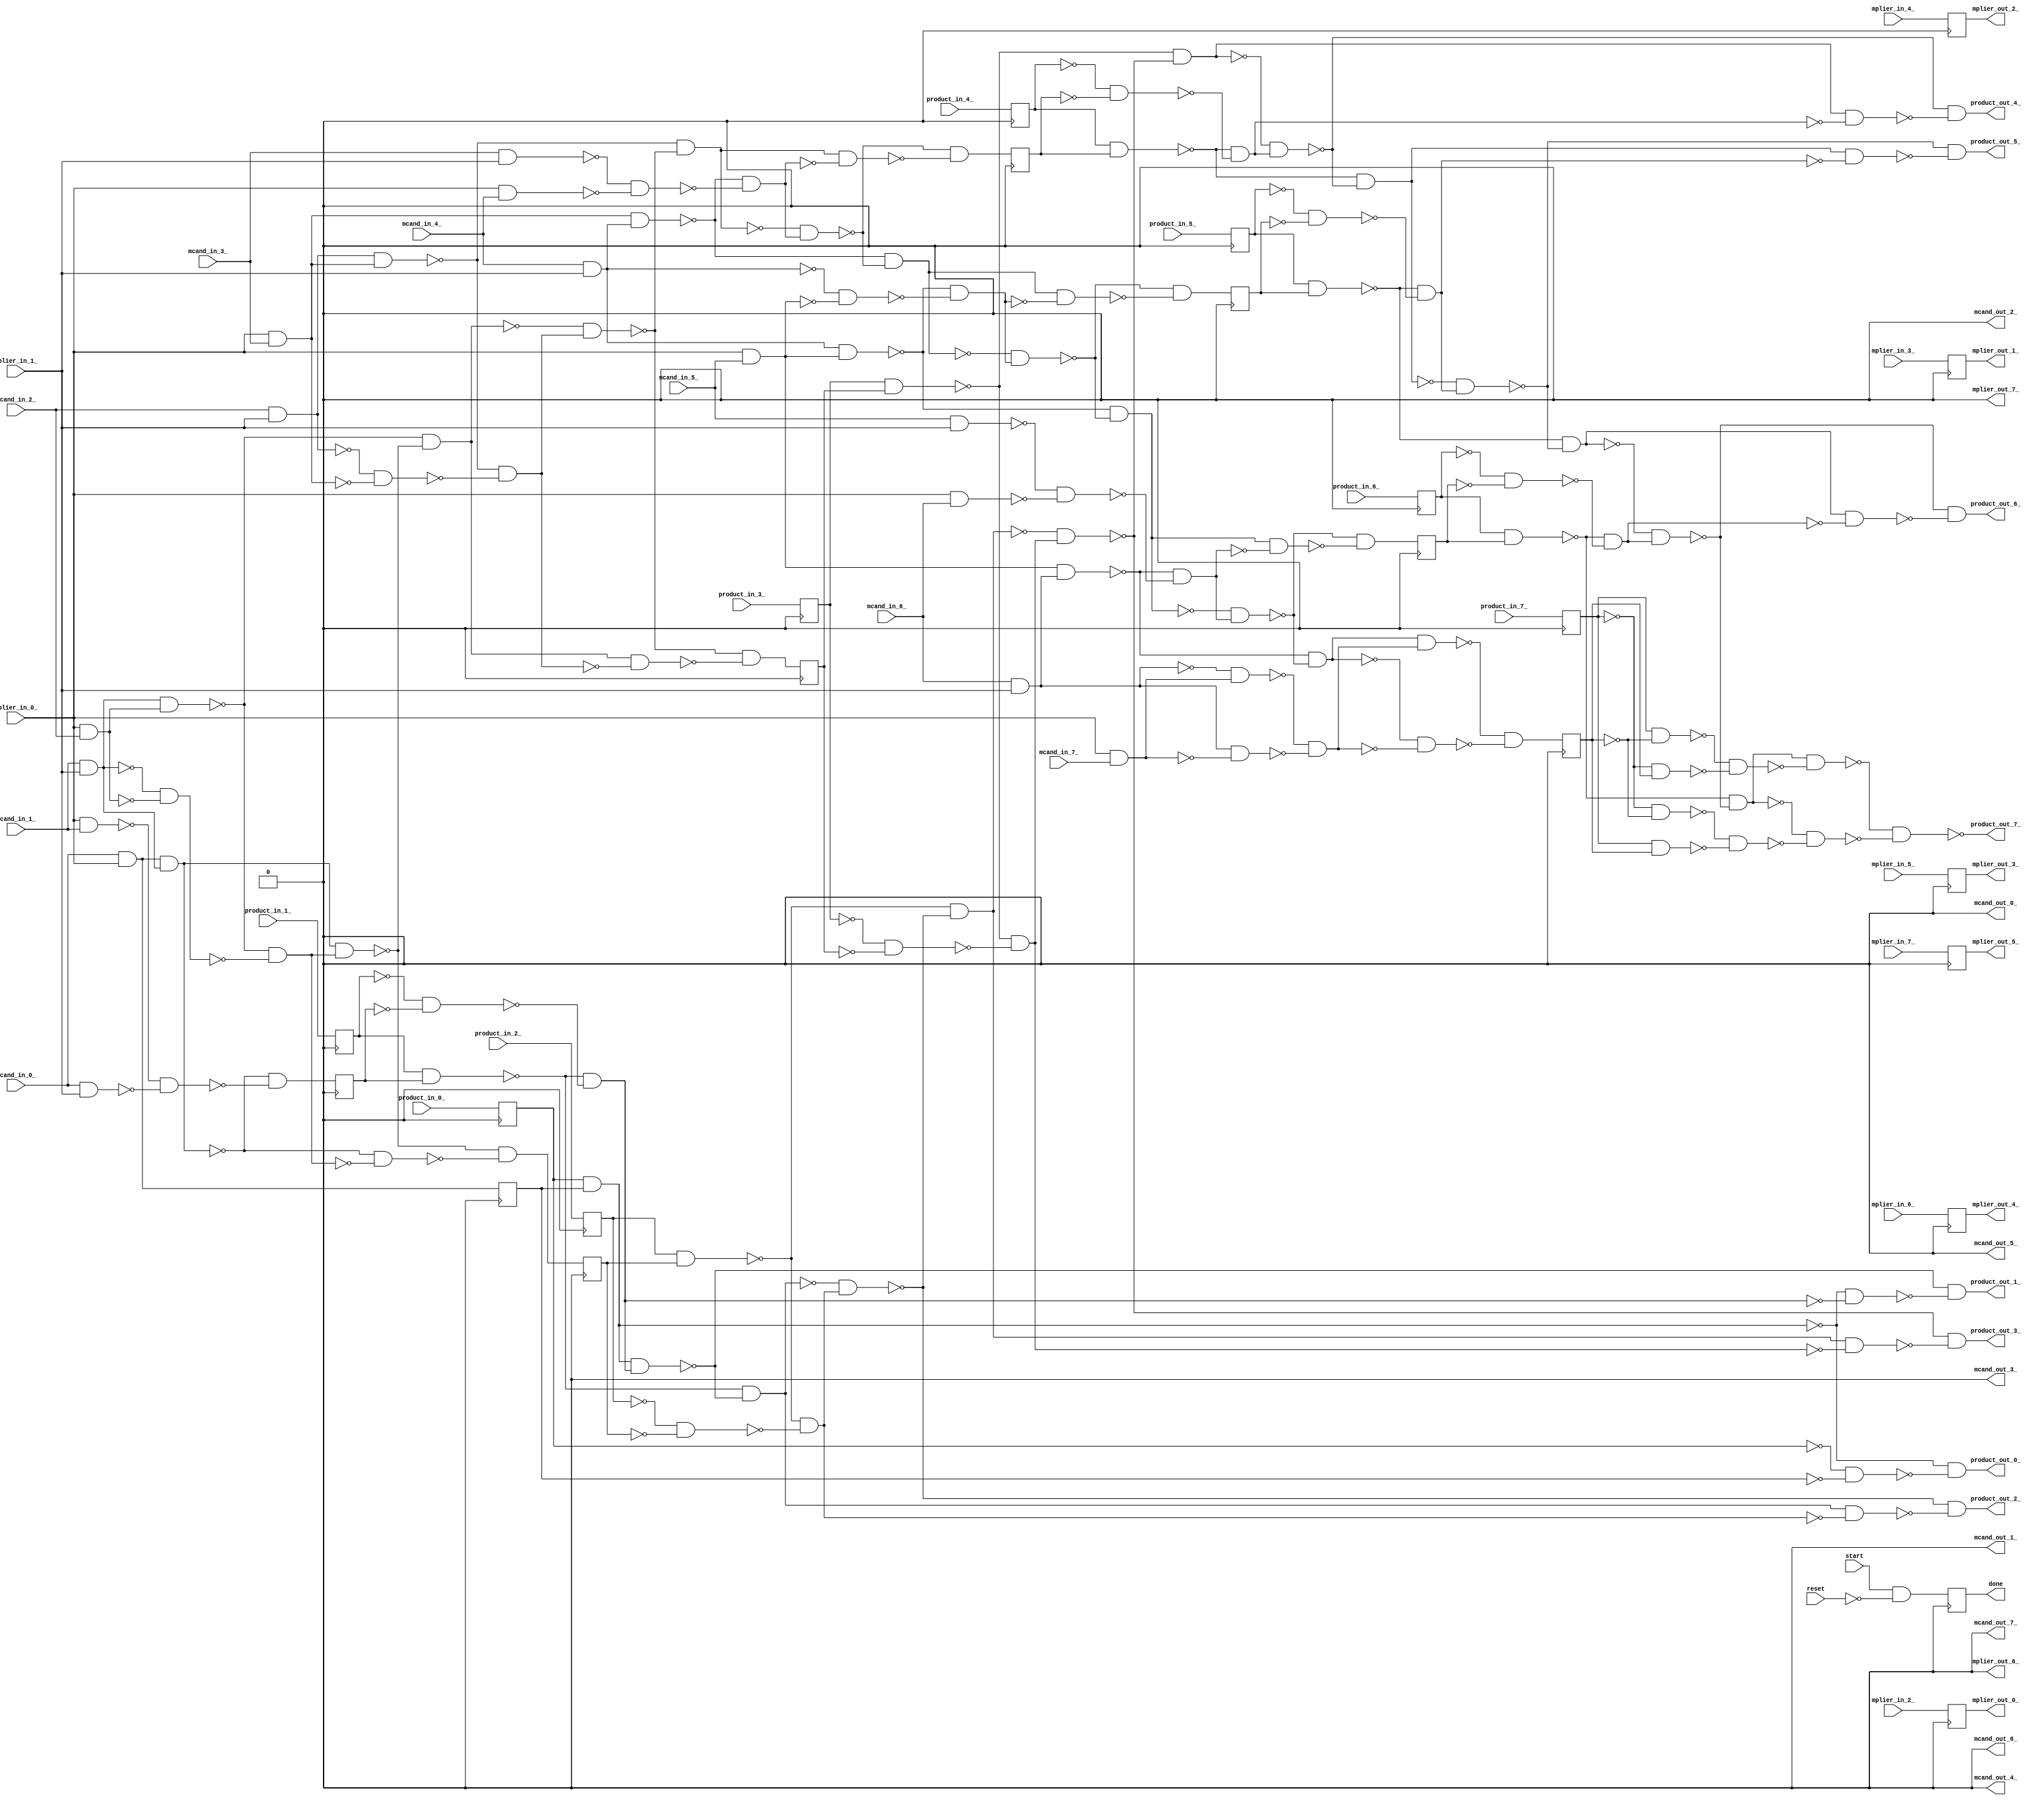




module mult_stage( reset, start, mplier_in_0_, mplier_in_1_, mplier_in_2_, mplier_in_3_, mplier_in_4_, mplier_in_5_, mplier_in_6_, mplier_in_7_, mcand_in_0_, mcand_in_1_, mcand_in_2_, mcand_in_3_, mcand_in_4_, mcand_in_5_, mcand_in_6_, mcand_in_7_, product_in_0_, product_in_1_, product_in_2_, product_in_3_, product_in_4_, product_in_5_, product_in_6_, product_in_7_, done, mplier_out_0_, mplier_out_1_, mplier_out_2_, mplier_out_3_, mplier_out_4_, mplier_out_5_, mplier_out_6_, mplier_out_7_, mcand_out_0_, mcand_out_1_, mcand_out_2_, mcand_out_3_, mcand_out_4_, mcand_out_5_, mcand_out_6_, mcand_out_7_, product_out_0_, product_out_1_, product_out_2_, product_out_3_, product_out_4_, product_out_5_, product_out_6_, product_out_7_);
  output done;
  
  input mcand_in_0_;
  input mcand_in_1_;
  input reset;
  input start;
  input mcand_in_2_;
  input mcand_in_3_;
  input mcand_in_4_;
  input mcand_in_5_;
  input mcand_in_6_;
  input mcand_in_7_;
  input mplier_in_0_;
  input mplier_in_1_;
  input mplier_in_2_;
  input mplier_in_3_;
  input mplier_in_4_;
  input mplier_in_5_;
  input mplier_in_6_;
  input mplier_in_7_;
  input product_in_0_;
  input product_in_1_;
  input product_in_2_;
  input product_in_3_;
  input product_in_4_;
  input product_in_5_;
  input product_in_6_;
  input product_in_7_;
  output mcand_out_0_;
  output mcand_out_1_;
  output mcand_out_2_;
  output mcand_out_3_;
  output mcand_out_4_;
  output mcand_out_5_;
  output mcand_out_6_;
  output mcand_out_7_;
  output product_out_0_;
  output product_out_1_;
  output product_out_2_;
  output product_out_3_;
  output product_out_4_;
  output product_out_5_;
  output product_out_6_;
  output product_out_7_;
  output mplier_out_0_;
  output mplier_out_1_;
  output mplier_out_2_;
  output mplier_out_3_;
  output mplier_out_4_;
  output mplier_out_5_;
  output mplier_out_6_;
  output mplier_out_7_;
  reg partial_prod_0_;
  reg partial_prod_1_;
  reg partial_prod_2_;
  reg partial_prod_3_;
  reg partial_prod_4_;
  reg partial_prod_5_;
  reg partial_prod_6_;
  reg partial_prod_7_;
  
  reg prod_in_reg_0_;
  reg prod_in_reg_1_;
  reg prod_in_reg_2_;
  reg prod_in_reg_3_;
  reg prod_in_reg_4_;
  reg prod_in_reg_5_;
  reg prod_in_reg_6_;
  reg prod_in_reg_7_;
  reg _mplier_out_reg_3_ ;
  
  reg _mplier_out_reg_2_ ;
  reg _mplier_out_reg_1_ ;
  reg _mplier_out_reg_5_ ;

  reg _mplier_out_reg_0_ ;
  reg _mplier_out_reg_4_ ;
  reg done;
  wire wire_zeros;
  assign wire_zeros = 1'b0;
  wire _000_;
  wire _001_;
  wire _002_;
  wire _003_;
  wire _004_;
  wire _005_;
  wire _006_;
  wire _007_;
  wire _008_;
  wire _009_;
  wire _010_;
  wire _011_;
  wire _012_;
  wire _013_;
  wire _014_;
  wire _015_;
  wire _016_;
  wire _017_;
  wire _018_;
  wire _019_;
  wire _020_;
  wire _021_;
  wire _022_;
  wire _023_;
  wire _024_;
  wire _025_;
  wire _026_;
  wire _027_;
  wire _028_;
  wire _029_;
  wire _030_;
  wire _031_;
  wire _032_;
  wire _033_;
  wire _034_;
  wire _035_;
  wire _036_;
  wire _037_;
  wire _038_;
  wire _039_;
  wire _040_;
  wire _041_;
  wire _042_;
  wire _043_;
  wire _044_;
  wire _045_;
  wire _046_;
  wire _047_;
  wire _048_;
  wire _049_;
  wire _050_;
  wire _051_;
  wire _052_;
  wire _053_;
  wire _054_;
  wire _055_;
  wire _056_;
  wire _057_;
  wire _058_;
  wire _059_;
  wire _060_;
  wire _061_;
  wire _062_;
  wire _063_;
  wire _064_;
  wire _065_;
  wire _066_;
  wire _067_;
  wire _068_;
  wire _069_;
  wire _070_;
  wire _071_;
  wire _072_;
  wire _073_;
  wire _074_;
  wire _075_;
  wire _076_;
  wire _077_;
  wire _078_;
  wire _079_;
  wire _080_;
  wire _081_;
  wire _082_;
  wire _083_;
  wire _084_;
  wire _085_;
  wire _086_;
  wire _087_;
  wire _088_;
  wire _089_;
  wire _090_;
  wire _091_;
  wire _092_;
  wire _093_;
  wire _094_;
  wire _095_;
  wire _096_;
  wire _097_;
  wire _098_;
  wire _099_;
  wire _100_;
  wire _101_;
  wire _102_;
  wire _103_;
  wire _104_;
  wire _105_;
  wire _106_;
  wire _107_;
  wire _108_;
  wire _109_;
  wire _110_;
  wire _111_;
  wire _112_;
  wire _113_;
  wire _114_;
  wire _115_;
  wire _116_;
  wire _117_;
  wire _118_;
  wire _119_;
  wire _120_;
  wire _121_;
  wire _122_;
  wire _123_;
  wire _124_;
  wire _125_;
  wire _126_;
  wire _127_;
  wire _128_;
  wire _129_;
  wire _130_;
  wire _131_;
  wire _132_;
  wire _133_;
  wire _134_;
  wire _135_;
  wire _136_;
  wire _137_;
  wire _138_;
  wire _139_;
  wire _140_;
  wire _141_;
  wire _142_;
  wire _143_;
  wire _144_;
  wire _145_;
  wire _146_;
  wire _147_;
  wire _148_;
  wire _149_;
  wire _150_;
  wire _151_;
  wire _152_;
  wire _153_;
  wire _154_;
  wire _155_;
  wire _156_;
  wire _157_;
  wire _158_;
  wire _159_;
  wire _160_;
  wire _161_;
  wire _162_;
  wire _163_;
  
  wire clock;
  
  
  wire mcand_in_0_;
  wire mcand_in_1_;
  wire mcand_in_2_;
  wire mcand_in_3_;
  wire mcand_in_4_;
  wire mcand_in_5_;
  wire mcand_in_6_;
  wire mcand_in_7_;
  
  wire mcand_out_0_;
  wire mcand_out_1_;
  wire mcand_out_2_;
  wire mcand_out_3_;
  wire mcand_out_4_;
  wire mcand_out_5_;
  wire mcand_out_6_;
  wire mcand_out_7_;
  
  wire mplier_in_0_;
  wire mplier_in_1_;
  wire mplier_in_2_;
  wire mplier_in_3_;
  wire mplier_in_4_;
  wire mplier_in_5_;
  wire mplier_in_6_;
  wire mplier_in_7_;
  
  wire mplier_out_0_;
  wire mplier_out_1_;
  wire mplier_out_2_;
  wire mplier_out_3_;
  wire mplier_out_4_;
  wire mplier_out_5_;
  wire mplier_out_6_;
  wire mplier_out_7_;
  
  wire next_mcand_0_;
  wire next_mcand_1_;
  wire next_mcand_2_;
  wire next_mcand_3_;
  wire next_mcand_4_;
  wire next_mcand_5_;
  wire next_mcand_6_;
  wire next_mcand_7_;
  
  wire next_mplier_0_;
  wire next_mplier_1_;
  wire next_mplier_2_;
  wire next_mplier_3_;
  wire next_mplier_4_;
  wire next_mplier_5_;
  wire next_mplier_6_;
  wire next_mplier_7_;
  
  wire next_partial_product_0_;
  wire next_partial_product_1_;
  wire next_partial_product_2_;
  wire next_partial_product_3_;
  wire next_partial_product_4_;
  wire next_partial_product_5_;
  wire next_partial_product_6_;
  wire next_partial_product_7_;
  
  wire product_in_0_;
  wire product_in_1_;
  wire product_in_2_;
  wire product_in_3_;
  wire product_in_4_;
  wire product_in_5_;
  wire product_in_6_;
  wire product_in_7_;
  
  wire product_out_0_;
  wire product_out_1_;
  wire product_out_2_;
  wire product_out_3_;
  wire product_out_4_;
  wire product_out_5_;
  wire product_out_6_;
  wire product_out_7_;
  
  wire reset;
  
  wire start;
  
  
  nand (_115_, reset, reset);
  
  
  nand (_116_, prod_in_reg_0_, prod_in_reg_0_);
  
  
  nand (_117_, partial_prod_0_, partial_prod_0_);
  
  
  nand (_118_, prod_in_reg_1_, prod_in_reg_1_);
  
  
  nand (_119_, partial_prod_1_, partial_prod_1_);
  
  
  nand (_120_, prod_in_reg_2_, prod_in_reg_2_);
  
  
  nand (_121_, partial_prod_2_, partial_prod_2_);
  
  
  nand (_122_, prod_in_reg_3_, prod_in_reg_3_);
  
  
  nand (_123_, partial_prod_3_, partial_prod_3_);
  
  
  nand (_124_, prod_in_reg_4_, prod_in_reg_4_);
  
  
  nand (_125_, partial_prod_4_, partial_prod_4_);
  
  
  nand (_126_, prod_in_reg_5_, prod_in_reg_5_);
  
  
  nand (_127_, partial_prod_5_, partial_prod_5_);
  
  
  nand (_128_, prod_in_reg_6_, prod_in_reg_6_);
  
  
  nand (_129_, partial_prod_6_, partial_prod_6_);
  
  
  nand (_130_, prod_in_reg_7_, prod_in_reg_7_);
  
  
  nand (_131_, partial_prod_7_, partial_prod_7_);
  nand (_132_, start, _115_);
  
  
  nand (_000_, _132_, _132_);
  nand (_133_, mcand_in_0_, mplier_in_0_);
  
  
  nand (next_partial_product_0_, _133_, _133_);
  nand (_134_, prod_in_reg_0_, partial_prod_0_);
  
  
  nand (_135_, _134_, _134_);
  nand (_136_, prod_in_reg_1_, partial_prod_1_);
  nand (_137_, _118_, _119_);
  nand (_138_, _136_, _137_);
  
  
  nand (_139_, _138_, _138_);
  nand (_140_, _135_, _139_);
  nand (_141_, _134_, _138_);
  nand (_142_, _140_, _141_);
  
  
  nand (product_out_1_, _142_, _142_);
  nand (_143_, _136_, _140_);
  
  
  nand (_144_, _143_, _143_);
  nand (_145_, prod_in_reg_2_, partial_prod_2_);
  nand (_146_, _120_, _121_);
  nand (_147_, _145_, _146_);
  
  
  nand (_148_, _147_, _147_);
  nand (_149_, _143_, _148_);
  nand (_150_, _144_, _147_);
  nand (_151_, _149_, _150_);
  
  
  nand (product_out_2_, _151_, _151_);
  nand (_152_, _145_, _149_);
  
  
  nand (_153_, _152_, _152_);
  nand (_154_, prod_in_reg_3_, partial_prod_3_);
  nand (_155_, _122_, _123_);
  nand (_156_, _154_, _155_);
  
  
  nand (_157_, _156_, _156_);
  nand (_158_, _152_, _157_);
  nand (_159_, _153_, _156_);
  nand (_160_, _158_, _159_);
  
  
  nand (product_out_3_, _160_, _160_);
  nand (_161_, _154_, _158_);
  
  
  nand (_162_, _161_, _161_);
  nand (_163_, prod_in_reg_4_, partial_prod_4_);
  nand (_001_, _124_, _125_);
  nand (_002_, _163_, _001_);
  
  
  nand (_003_, _002_, _002_);
  nand (_004_, _161_, _003_);
  nand (_005_, _162_, _002_);
  nand (_006_, _004_, _005_);
  
  
  nand (product_out_4_, _006_, _006_);
  nand (_007_, _163_, _004_);
  
  
  nand (_008_, _007_, _007_);
  nand (_009_, prod_in_reg_5_, partial_prod_5_);
  nand (_010_, _126_, _127_);
  nand (_011_, _009_, _010_);
  
  
  nand (_012_, _011_, _011_);
  nand (_013_, _007_, _012_);
  nand (_014_, _008_, _011_);
  nand (_015_, _013_, _014_);
  
  
  nand (product_out_5_, _015_, _015_);
  nand (_016_, _009_, _013_);
  
  
  nand (_017_, _016_, _016_);
  nand (_018_, prod_in_reg_6_, partial_prod_6_);
  nand (_019_, _128_, _129_);
  nand (_020_, _018_, _019_);
  
  
  nand (_021_, _020_, _020_);
  nand (_022_, _016_, _021_);
  nand (_023_, _017_, _020_);
  nand (_024_, _022_, _023_);
  
  
  nand (product_out_6_, _024_, _024_);
  nand (_025_, _018_, _022_);
  
  
  nand (_026_, _025_, _025_);
  nand (_027_, prod_in_reg_7_, _131_);
  nand (_028_, _130_, partial_prod_7_);
  nand (_029_, _130_, _131_);
  nand (_030_, prod_in_reg_7_, partial_prod_7_);
  nand (_031_, _029_, _030_);
  nand (_032_, _027_, _028_);
  nand (_033_, _026_, _032_);
  nand (_034_, _025_, _031_);
  nand (product_out_7_, _033_, _034_);
  nand (_035_, _116_, _117_);
  nand (_036_, _134_, _035_);
  
  
  nand (product_out_0_, _036_, _036_);
  nand (_037_, mplier_in_0_, mcand_in_1_);
  nand (_038_, mcand_in_0_, mplier_in_1_);
  nand (_039_, mcand_in_1_, mplier_in_1_);
  
  
  nand (_040_, _039_, _039_);
  nand (_041_, next_partial_product_0_, _040_);
  
  
  nand (_042_, _041_, _041_);
  nand (_043_, mplier_in_0_, mcand_in_2_);
  
  
  nand (_044_, _043_, _043_);
  nand (_045_, mcand_in_2_, mplier_in_1_);
  
  
  nand (_046_, _045_, _045_);
  nand (_047_, _040_, _044_);
  nand (_048_, _039_, _043_);
  nand (_049_, _047_, _048_);
  
  
  nand (_050_, _049_, _049_);
  nand (_051_, _042_, _050_);
  nand (_052_, _041_, _049_);
  nand (_053_, _051_, _052_);
  
  
  nand (next_partial_product_2_, _053_, _053_);
  nand (_054_, _047_, _051_);
  
  
  nand (_055_, _054_, _054_);
  nand (_056_, mplier_in_0_, mcand_in_3_);
  
  
  nand (_057_, _056_, _056_);
  nand (_058_, mcand_in_3_, mplier_in_1_);
  nand (_059_, _046_, _057_);
  nand (_060_, _045_, _056_);
  nand (_061_, _059_, _060_);
  
  
  nand (_062_, _061_, _061_);
  nand (_063_, _054_, _062_);
  nand (_064_, _055_, _061_);
  nand (_065_, _063_, _064_);
  
  
  nand (next_partial_product_3_, _065_, _065_);
  nand (_066_, _059_, _063_);
  
  
  nand (_067_, _066_, _066_);
  nand (_068_, mplier_in_0_, mcand_in_4_);
  nand (_069_, mcand_in_4_, mplier_in_1_);
  
  
  nand (_070_, _069_, _069_);
  nand (_071_, _057_, _070_);
  nand (_072_, _058_, _068_);
  nand (_073_, _071_, _072_);
  
  
  nand (_074_, _073_, _073_);
  nand (_075_, _066_, _074_);
  nand (_076_, _067_, _073_);
  nand (_077_, _075_, _076_);
  
  
  nand (next_partial_product_4_, _077_, _077_);
  nand (_078_, _071_, _075_);
  
  
  nand (_079_, _078_, _078_);
  nand (_080_, mplier_in_0_, mcand_in_5_);
  
  
  nand (_081_, _080_, _080_);
  nand (_082_, mcand_in_5_, mplier_in_1_);
  nand (_083_, _070_, _081_);
  nand (_084_, _069_, _080_);
  nand (_085_, _083_, _084_);
  
  
  nand (_086_, _085_, _085_);
  nand (_087_, _078_, _086_);
  nand (_088_, _079_, _085_);
  nand (_089_, _087_, _088_);
  
  
  nand (next_partial_product_5_, _089_, _089_);
  nand (_090_, _083_, _087_);
  
  
  nand (_091_, _090_, _090_);
  nand (_092_, mplier_in_0_, mcand_in_6_);
  nand (_093_, mcand_in_6_, mplier_in_1_);
  
  
  nand (_094_, _093_, _093_);
  nand (_095_, _081_, _094_);
  nand (_096_, _082_, _092_);
  nand (_097_, _095_, _096_);
  
  
  nand (_098_, _097_, _097_);
  nand (_099_, _090_, _098_);
  nand (_100_, _091_, _097_);
  nand (_101_, _099_, _100_);
  
  
  nand (next_partial_product_6_, _101_, _101_);
  nand (_102_, _095_, _099_);
  
  
  nand (_103_, _102_, _102_);
  nand (_104_, mplier_in_0_, mcand_in_7_);
  
  
  nand (_105_, _104_, _104_);
  nand (_106_, _093_, _105_);
  nand (_107_, _094_, _104_);
  nand (_108_, _106_, _107_);
  
  
  nand (_109_, _108_, _108_);
  nand (_110_, _103_, _109_);
  nand (_111_, _102_, _108_);
  nand (_112_, _110_, _111_);
  
  
  nand (next_partial_product_7_, _112_, _112_);
  nand (_113_, _037_, _038_);
  nand (_114_, _041_, _113_);
  
  
  nand (next_partial_product_1_, _114_, _114_);
  
  always @(posedge clock)
    _mplier_out_reg_3_  <= mplier_in_5_;
  assign mplier_out_3_ = _mplier_out_reg_3_ ;
  
  always @(posedge clock)
    _mplier_out_reg_4_  <= mplier_in_6_;
  assign mplier_out_4_ = _mplier_out_reg_4_ ;
  
  always @(posedge clock)
    _mplier_out_reg_5_  <= mplier_in_7_;
  assign mplier_out_5_ = _mplier_out_reg_5_ ;
  
  always @(posedge clock)
    prod_in_reg_0_ <= product_in_0_;
  
  always @(posedge clock)
    prod_in_reg_1_ <= product_in_1_;
  
  always @(posedge clock)
    prod_in_reg_2_ <= product_in_2_;
  
  always @(posedge clock)
    prod_in_reg_3_ <= product_in_3_;
  
  always @(posedge clock)
    prod_in_reg_4_ <= product_in_4_;
  
  always @(posedge clock)
    prod_in_reg_5_ <= product_in_5_;
  
  always @(posedge clock)
    prod_in_reg_6_ <= product_in_6_;
  
  always @(posedge clock)
    prod_in_reg_7_ <= product_in_7_;
  
  always @(posedge clock)
    partial_prod_0_ <= next_partial_product_0_;
  
  always @(posedge clock)
    partial_prod_1_ <= next_partial_product_1_;
  
  always @(posedge clock)
    partial_prod_2_ <= next_partial_product_2_;
  
  always @(posedge clock)
    partial_prod_3_ <= next_partial_product_3_;
  
  always @(posedge clock)
    partial_prod_4_ <= next_partial_product_4_;
  
  always @(posedge clock)
    partial_prod_5_ <= next_partial_product_5_;
  
  always @(posedge clock)
    partial_prod_6_ <= next_partial_product_6_;
  
  always @(posedge clock)
    partial_prod_7_ <= next_partial_product_7_;
  
  always @(posedge clock)
    done <= _000_;
  
  always @(posedge clock)
    _mplier_out_reg_0_  <= mplier_in_2_;
  assign mplier_out_0_ = _mplier_out_reg_0_ ;
  
  always @(posedge clock)
    _mplier_out_reg_1_  <= mplier_in_3_;
  assign mplier_out_1_ = _mplier_out_reg_1_ ;
  
  always @(posedge clock)
    _mplier_out_reg_2_  <= mplier_in_4_;
  assign mplier_out_2_ = _mplier_out_reg_2_ ;

  assign mcand_out_0_ = 1'h0;
  assign mcand_out_1_ = 1'h0;
  assign mcand_out_2_ = 1'h0;
  assign mcand_out_3_ = 1'h0;
  assign mcand_out_4_ = 1'h0;
  assign mcand_out_5_ = 1'h0;
  assign mcand_out_6_ = 1'h0;
  assign mcand_out_7_ = 1'h0;

  assign mplier_out_6_ = 1'h0;
  assign mplier_out_7_ = 1'h0;

  assign next_mcand_0_ = 1'h0;
  assign next_mcand_1_ = 1'h0;
  assign next_mcand_2_ = 1'h0;
  assign next_mcand_3_ = 1'h0;
  assign next_mcand_4_ = 1'h0;
  assign next_mcand_5_ = 1'h0;
  assign next_mcand_6_ = 1'h0;
  assign next_mcand_7_ = 1'h0;

  assign next_mplier_0_ = mplier_in_2_;
  assign next_mplier_1_ = mplier_in_3_;
  assign next_mplier_2_ = mplier_in_4_;
  assign next_mplier_3_ = mplier_in_5_;
  assign next_mplier_4_ = mplier_in_6_;
  assign next_mplier_5_ = mplier_in_7_;
  assign next_mplier_6_ = 1'h0;
  assign next_mplier_7_ = 1'h0;
endmodule